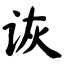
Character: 诙